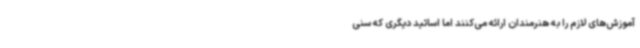
آموزش‌های لازم را به هنرمندان ارائه می‌کنند اما اساتید دیگری که سنی